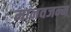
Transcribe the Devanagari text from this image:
मानवजन्म